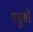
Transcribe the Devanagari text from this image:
गत्तुसो